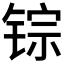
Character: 𫓽